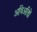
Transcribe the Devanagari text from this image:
अविअतािों